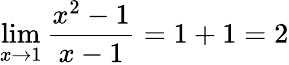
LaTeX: \operatorname*{lim}_{x\to 1}{\frac{x^{2}-1}{x-1}}=1+1=2